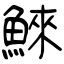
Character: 鯠